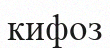
кифоз